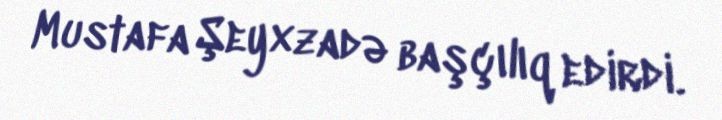
Mustafa Şeyxzadə başçılıq edirdi.